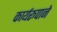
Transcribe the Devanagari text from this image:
कार्यरूपाने